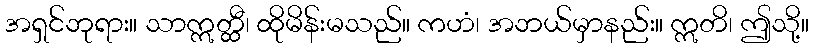
အရှင်ဘုရား။ သာဣတ္ထီ၊ ထိုမိန်းမသည်။ ကဟံ၊ အဘယ်မှာနည်း။ ဣတိ၊ ဤသို့။